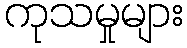
ကုသမှုများ